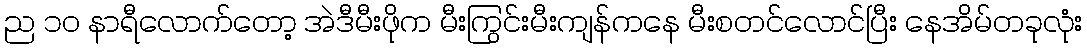
ည ၁၀ နာရီလောက်တော့ အဲဒီမီးဖိုက မီးကြွင်းမီးကျန်ကနေ မီးစတင်လောင်ပြီး နေအိမ်တခုလုံး